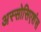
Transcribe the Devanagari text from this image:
अस्सोसिएशंस